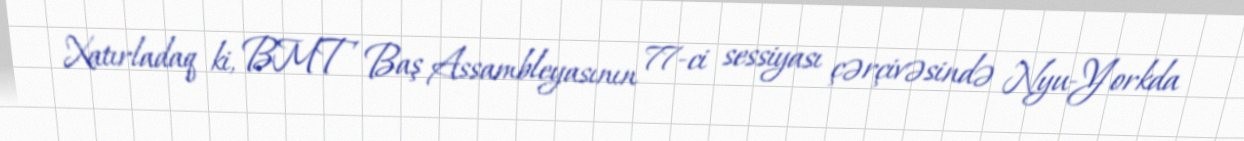
Xatırladaq ki, BMT Baş Assambleyasının 77-ci sessiyası çərçivəsində Nyu-Yorkda